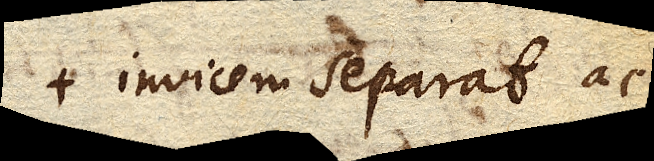
invicem separat ac